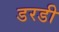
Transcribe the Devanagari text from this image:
डरडी